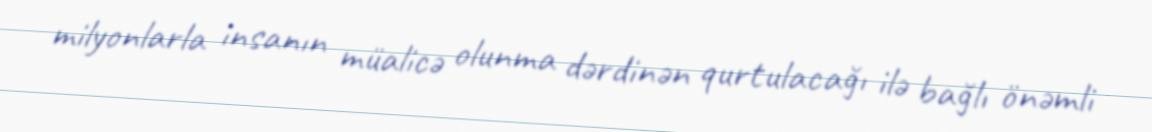
milyonlarla insanın müalicə olunma dərdinən qurtulacağı ilə bağlı önəmli